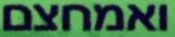
ואמחצם